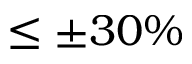
\leq \pm 3 0 \%